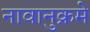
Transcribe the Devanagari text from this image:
नावानुक्रमे